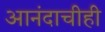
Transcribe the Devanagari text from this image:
आनंदाचीही